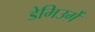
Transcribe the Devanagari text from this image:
डेमिउर्गे